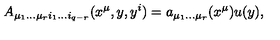
A _ { \mu _ { 1 } \dots \mu _ { r } i _ { 1 } \dots i _ { q - r } } ( x ^ { \mu } , y , y ^ { i } ) = a _ { \mu _ { 1 } \dots \mu _ { r } } ( x ^ { \mu } ) u ( y ) ,